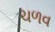
ચળવ